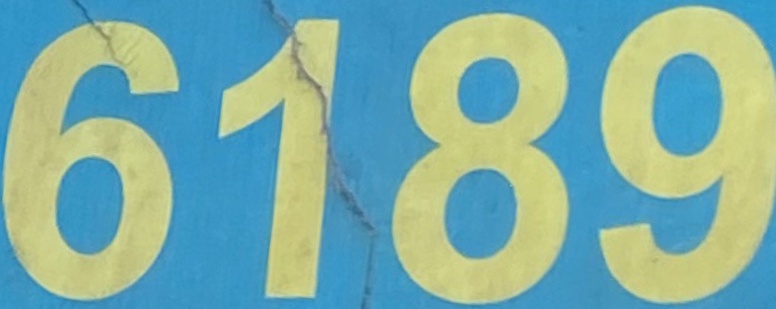
6189